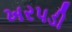
ખરપડી